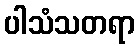
ပါသံသတရာ